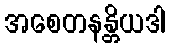
အစေတနန္တိယဒါ